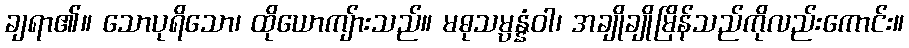
ချရာ၏။ သောပုရိသော၊ ထိုယောကျ်ားသည်။ မဓုသမ္ပန္နံဝါ၊ အချိုချိုမြိန်သည်ကိုလည်းကောင်း။